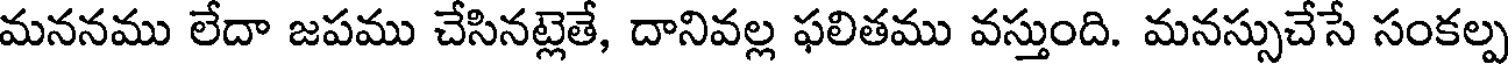
మననము లేదా జపము చేసినట్లెతే, దానివల్ల ఫలితము వస్తుంది. మనస్సుచేసే సంకల్ప